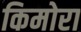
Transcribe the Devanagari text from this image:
किमोरा